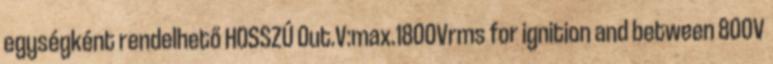
egységként rendelhető HOSSZÚ Out.V:max.1800Vrms for ignition and between 800V